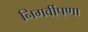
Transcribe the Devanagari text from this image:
निगर्वीपणा